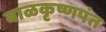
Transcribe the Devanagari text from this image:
बाळकृष्णपंत